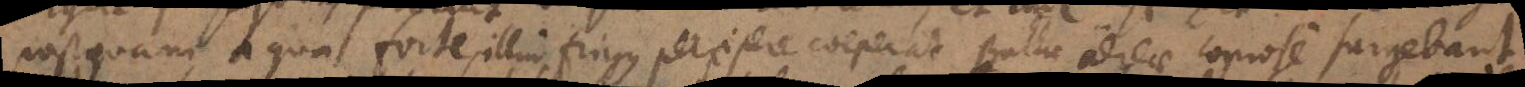
postquam aqua forte illud frigus percipere coeperat Bullae aereae copiose surgebant.